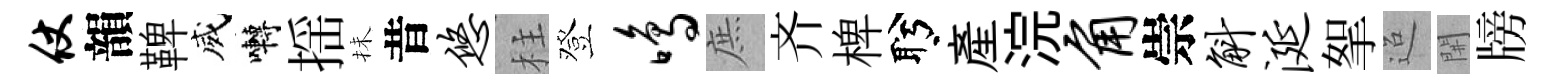
仗韻鞞威囀揺抺昔悠柱登鸣庶齐椑盻産浣角崇斛涎挐迢𨳩牓